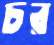
চর